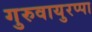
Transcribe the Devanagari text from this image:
गुरुवायुरप्पा